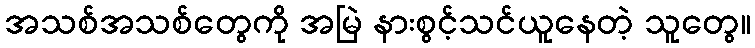
အသစ်အသစ်တွေကို အမြဲ နားစွင့်သင်ယူနေတဲ့ သူတွေ။